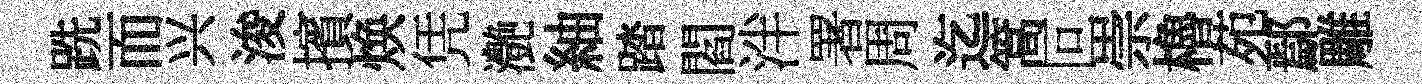
跣而兴浚擯焕凭灔紬踏閻泮署周迄篙叵崇櫓苑鄢雕